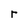
Character: r